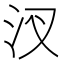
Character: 汊